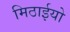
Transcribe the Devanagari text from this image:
मिठाईयो